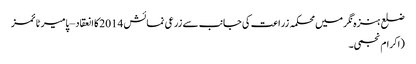
ضلع ہنزہ نگر میں محکمہ زراعت کی جانب سے زرعی نمائش 2014کا انعقاد – پامیر ٹائمز
(اکرام نجمی۔